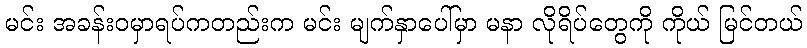
မင်း အခန်းဝမှာရပ်ကတည်းက မင်း မျက်နှာပေါ်မှာ မနာ လိုရိပ်တွေကို ကိုယ် မြင်တယ်